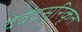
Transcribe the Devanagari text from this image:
देवेंद्रसूरिकृत